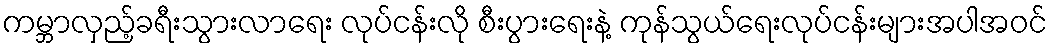
ကမ္ဘာလှည့်ခရီးသွားလာရေး လုပ်ငန်းလို စီးပွားရေးနဲ့ ကုန်သွယ်ရေးလုပ်ငန်းများအပါအဝင်